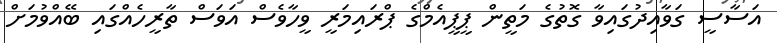
އަސާސީ ގަވާއިދުގައިވާ ގޮތުގެ މަތީން ޕީޕީއެމްގެ ޕްރައިމަރީ ވީހާވެސް އަވަސް ތާރީހެއްގައި ބޭއްވުމަށް